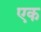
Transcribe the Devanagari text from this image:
एक